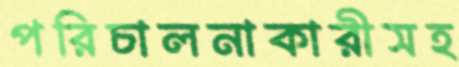
পরিচালনাকারীসহ